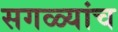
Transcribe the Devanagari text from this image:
सगळ्यांच